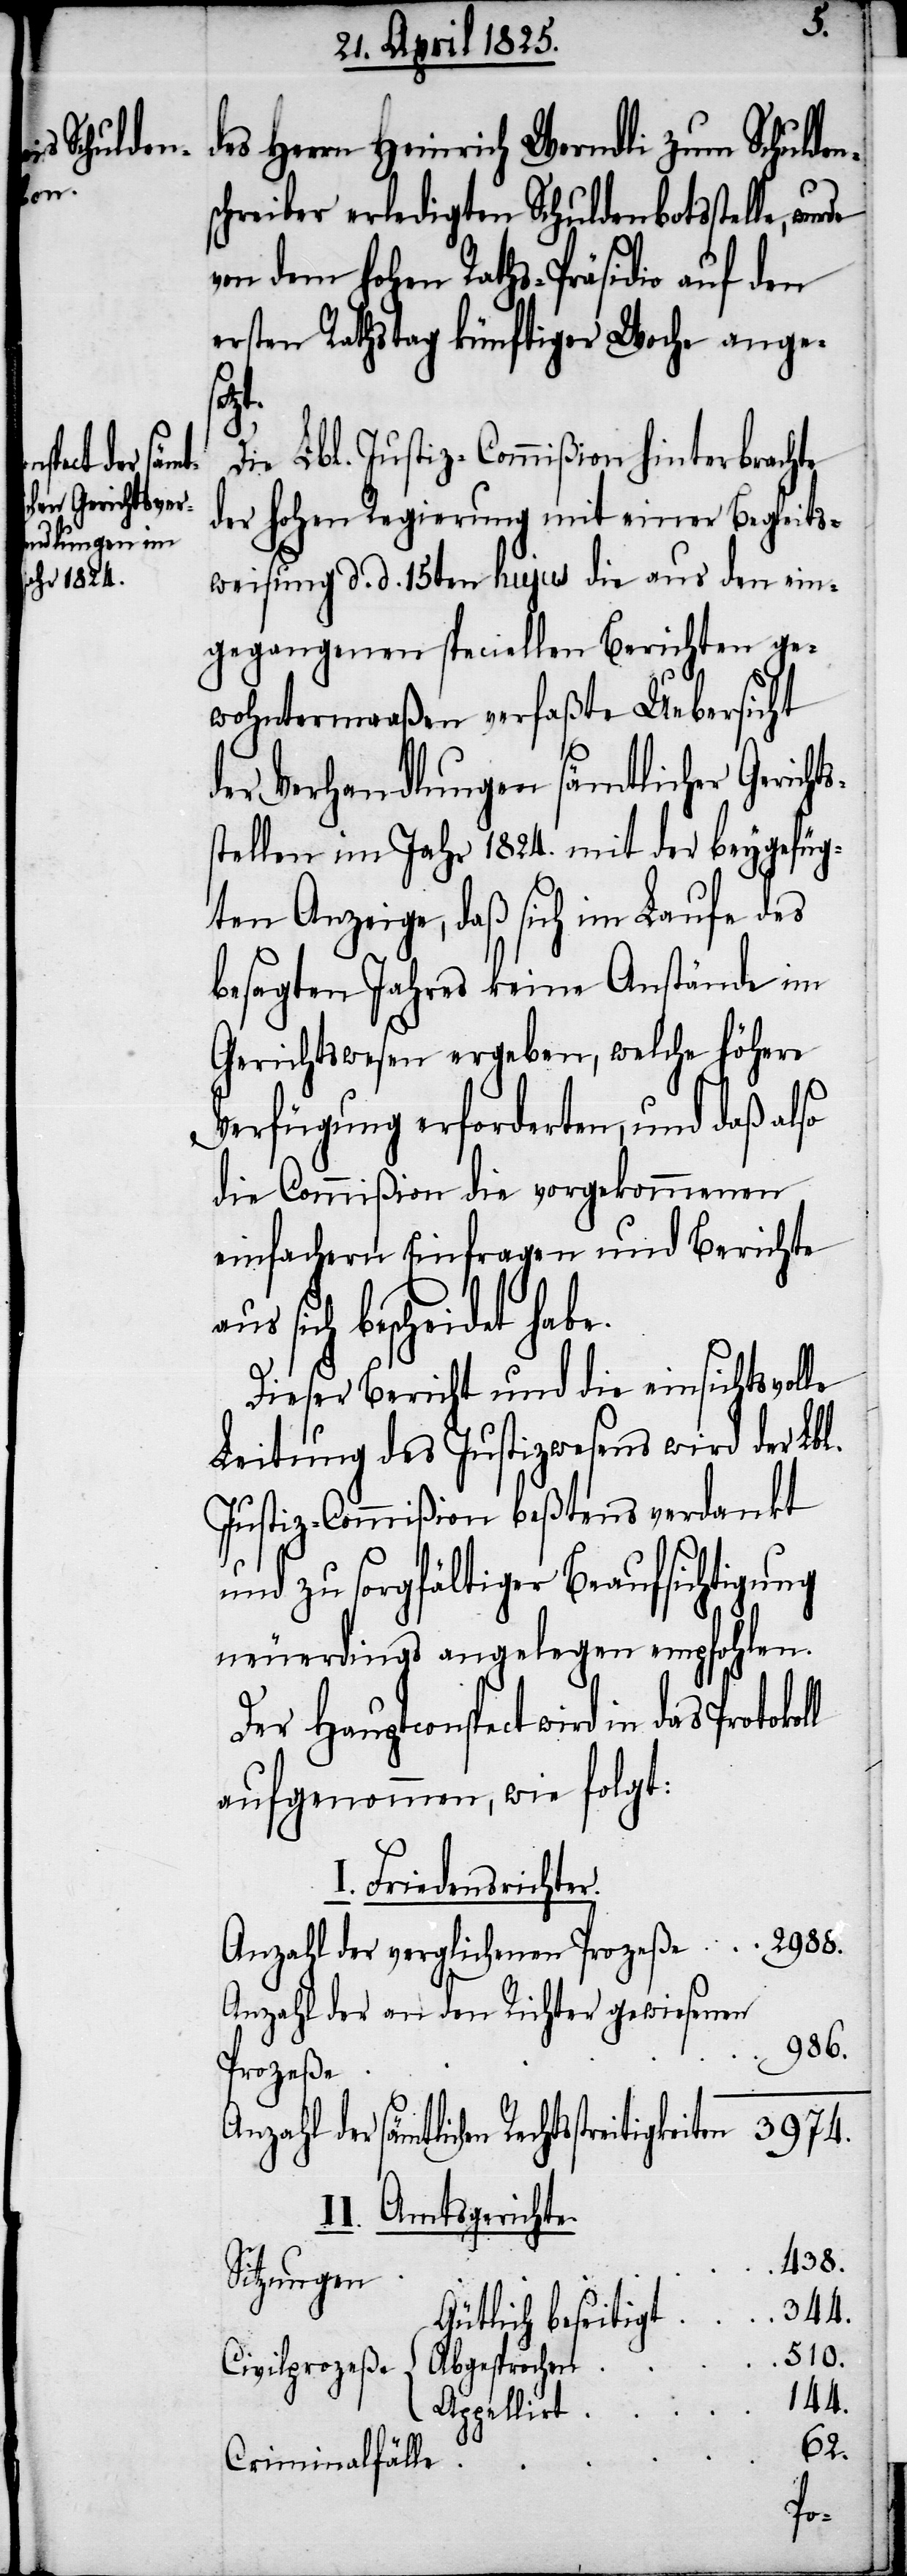
wird in das

des Herrn Heinrich Werndli zum Schulden¬
schreiber erledigten Schuldenbotsstelle, wur¬
von dem hohen Raths-Präsidio auf den
ersten Rathstag künftiger Woche ange¬
zt.
Die Lbl. Justiz-Commißion hinterbrachte
der hohen Regierung mit einer Begleits¬
weisung d. d. 15ten hujus die aus den ein¬
gegangenen speciellen Berichten ge¬
wohntermaßen verfaßte Uebersicht
der Verhandlungen sämtlicher Gerich¬
stellen im Jahr 1824. mit der beygefüg¬
ten Anzeige, daß sich im Laufe des
besagten Jahres keine Anstände im
Gerichtswesen ergeben, welche höhere
Verfügung erforderten, und daß also
die Commißion die vorgekommenen
einfachern Einfragen und Berichte
aus sich bescheidet habe.
Dieser Bericht und die einsichtsvolle
Leitung des Justizwesens wird der Lbl.
Justiz-Commißion beßtens verdankt
und zu sorgfältiger Beaufsichtigung
neuerdings angelegen empfohlen.
aufgenommen, wie folgt:
I. Friedensrichter
Anzahl der verglichenen Prozeße
Anzahl der an den Richter gewiesenen
986.
Prozeße
3974.
chtsstreitigkeiten
II. Amtsgerichte
438.
{
344.
Gütlich beseitigt
510.
Abgesprochen
Civilprozeße
144.
Appellirt
62.
Criminalfälle
Der